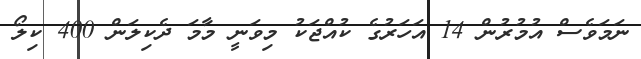
ނަމަވެސް އުމުުރުން 14 އަހަރުގެ ކުއްޖަކު މިވަނީ މާމަ ދެކިލަން 400 ކިލޯ